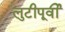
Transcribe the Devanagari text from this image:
लुटीपूर्वी